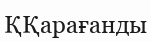
ҚҚарағанды